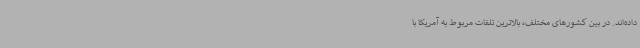
داده‌اند. در بین کشورهای مختلف، بالاترین تلفات مربوط به آمریکا با